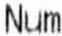
NUM